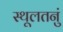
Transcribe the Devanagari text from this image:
स्थूलतनुं